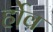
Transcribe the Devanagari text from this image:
र्होव